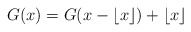
\begin{align*} G(x) = G( x - \lfloor x \rfloor ) + \lfloor x \rfloor\end{align*}